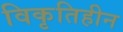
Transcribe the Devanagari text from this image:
विकृतिहीन